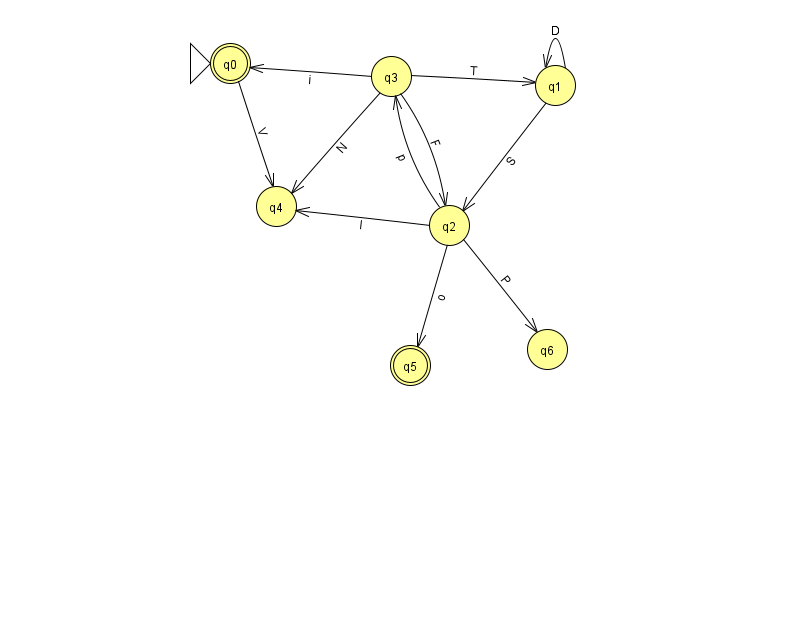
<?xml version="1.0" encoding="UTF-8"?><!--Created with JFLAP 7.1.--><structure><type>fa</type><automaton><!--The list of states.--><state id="0" name="q0"><x>230.0</x><y>50.0</y><initial/><final/></state><state id="1" name="q1"><x>555.0</x><y>72.0</y></state><state id="2" name="q2"><x>449.0</x><y>212.0</y></state><state id="3" name="q3"><x>391.0</x><y>63.0</y></state><state id="4" name="q4"><x>276.0</x><y>193.0</y></state><state id="5" name="q5"><x>410.0</x><y>352.0</y><final/></state><state id="6" name="q6"><x>547.0</x><y>336.0</y></state><!--The list of transitions.--><transition><from>2</from><to>4</to><read>I</read></transition><transition><from>2</from><to>5</to><read>o</read></transition><transition><from>3</from><to>1</to><read>T</read></transition><transition><from>1</from><to>1</to><read>D</read></transition><transition><from>0</from><to>4</to><read>V</read></transition><transition><from>2</from><to>6</to><read>P</read></transition><transition><from>2</from><to>3</to><read>p</read></transition><transition><from>3</from><to>0</to><read>i</read></transition><transition><from>1</from><to>2</to><read>S</read></transition><transition><from>3</from><to>2</to><read>F</read></transition><transition><from>3</from><to>4</to><read>N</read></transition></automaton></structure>